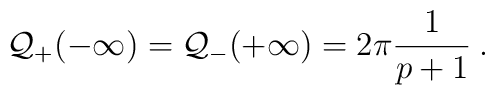
{\cal Q}_{+}(-\infty )={\cal Q}_{-}(+\infty )=2\pi \frac{1}{p+1}\: .